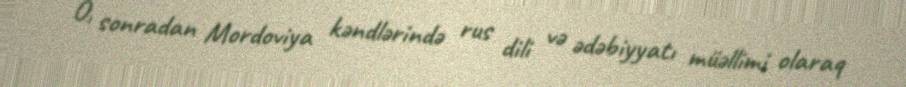
O, sonradan Mordoviya kəndlərində rus dili və ədəbiyyatı müəllimi olaraq